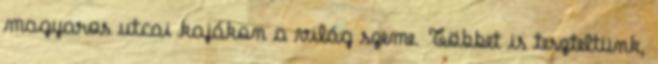
magyaros utcai kajákon a világ szeme. Többet is teszteltünk,